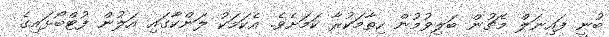
ބުނީ ފައިނަލް މެޗުން ބަލިވުމުން ހިތާމަކުރާ ކަމަށެެވެ. އެކަމަކު ލަންކާގައި އަލުން ފުޓްބޯޅައިގެ